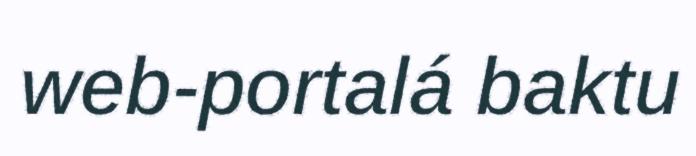
web-portalá baktu